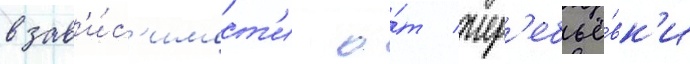
в зав'и́с'имост'и о́т жер'ебьё́вк'и